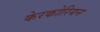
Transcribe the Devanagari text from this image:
केरकोरियन